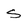
Character: S